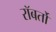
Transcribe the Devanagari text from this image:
रॉबर्तो